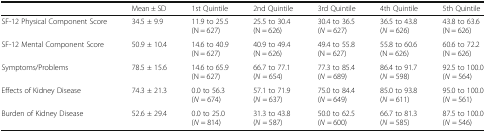
<table><thead><tr><td></td><td><b>Mean ± SD</b></td><td><b>1st Quintile</b></td><td><b>2nd Quintile</b></td><td><b>3rd Quintile</b></td><td><b>4th Quintile</b></td><td><b>5th Quintile</b></td></tr></thead><tbody><tr><td>SF-12 Physical Component Score</td><td>34.5 ± 9.9</td><td>11.9 to 25.5(N = 627)</td><td>25.5 to 30.4(N = 626)</td><td>30.4 to 36.5(<i>N</i> = 627)</td><td>36.5 to 43.8(<i>N</i> = 626)</td><td>43.8 to 63.6(N = 626)</td></tr><tr><td>SF-12 Mental Component Score</td><td>50.9 ± 10.4</td><td>14.6 to 40.9(N = 627)</td><td>40.9 to 49.4(N = 626)</td><td>49.4 to 55.8(N = 627)</td><td>55.8 to 60.6(N = 626)</td><td>60.6 to 72.2(N = 626)</td></tr><tr><td>Symptoms/Problems</td><td>78.5 ± 15.6</td><td>14.6 to 65.9(N = 627)</td><td>66.7 to 77.1(<i>N</i> = 654)</td><td>77.3 to 85.4(<i>N</i> = 689)</td><td>86.4 to 91.7(<i>N</i> = 598)</td><td>92.5 to 100.0(<i>N</i> = 564)</td></tr><tr><td>Effects of Kidney Disease</td><td>74.3 ± 21.3</td><td>0.0 to 56.3(<i>N</i> = 674)</td><td>57.1 to 71.9(<i>N</i> = 637)</td><td>75.0 to 84.4(<i>N</i> = 649)</td><td>85.0 to 93.8(<i>N</i> = 611)</td><td>95.0 to 100.0(<i>N</i> = 561)</td></tr><tr><td>Burden of Kidney Disease</td><td>52.6 ± 29.4</td><td>0.0 to 25.0(<i>N</i> = 814)</td><td>31.3 to 43.8(<i>N</i> = 587)</td><td>50.0 to 62.5(<i>N</i> = 600)</td><td>66.7 to 81.3(<i>N</i> = 585)</td><td>87.5 to 100.0(<i>N</i> = 546)</td></tr></tbody></table>